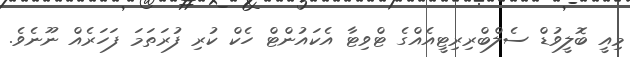
މިއީ ބޮލީވުޑް ސެލްބްރިރިޓީއެއްގެ ޓްވިޓާ އެކައުންޓް ހެކް ކުރި ފުރަތަމަ ފަހަރެއް ނޫނެވެ.